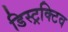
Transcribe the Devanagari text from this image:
डिस्ट्रक्टिव